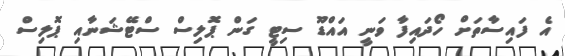
އެ ފައިސާތަށް ހޯދައިފާ ވަނީ އައްޑޫ ސިޓީ ގަން ޕޮލިސް ސްޓޭޝަނާއި ޕޮލިސް